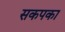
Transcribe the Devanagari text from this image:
सकपका